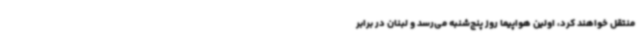
منتقل خواهند کرد، اولین هواپیما روز پنج‌شنبه می‌رسد و لبنان در برابر